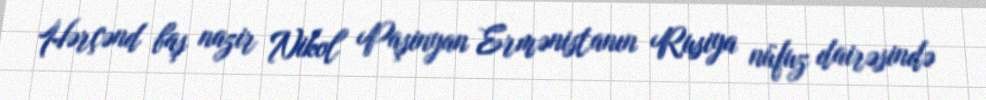
Hərçənd baş nazir Nikol Paşinyan Ermənistanın Rusiya nüfuz dairəsində